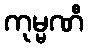
ကုမ္မဏီ